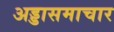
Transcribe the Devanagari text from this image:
अड्डासमाचार